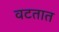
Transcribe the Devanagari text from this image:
वटतात